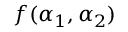
f ( \alpha _ { 1 } , \alpha _ { 2 } )